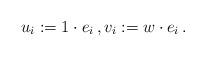
LaTeX: \begin{align*}u_i := 1\cdot e_i \, , v_i := w\cdot e_i \, .\end{align*}